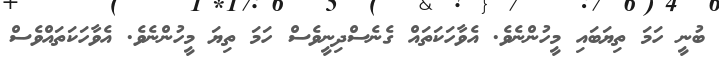
ބުނީ ހަމަ ތިޔަބައި މީހުންނެވެ. އެވާހަކަތައް ގެނެސްދިނީވެސް ހަމަ ތިޔަ މީހުންނެވެ. އެވާހަކަތައްވެސް